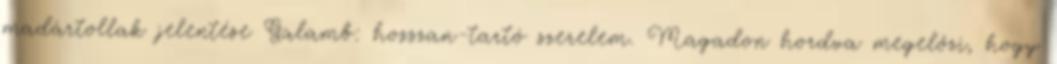
madártollak jelentése Galamb: hosszan-tartó szerelem. Magadon hordva megelőzi, hogy